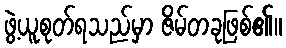
ဖွဲ့ယူစုတ်ရသည်မှာ ဇိမ်တခုဖြစ်၏။